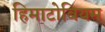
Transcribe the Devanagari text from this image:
हिमाटोबियम